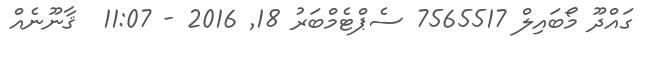
ގައްދޫ މޯބައިލް 7565517 ސެޕްޓެމްބަރު 18